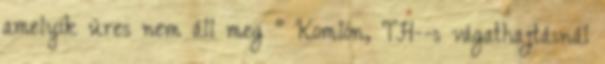
amelyik üres nem áll meg " Komlón, TH--s vágathajtásnál